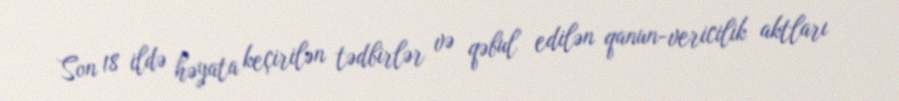
Son 18 ildə həyata keçirilən tədbirlər və qəbul edilən qanun­vericilik aktları